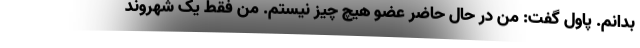
بدانم. پاول گفت: من در حال حاضر عضو هیچ چیز نیستم. من فقط یک شهروند